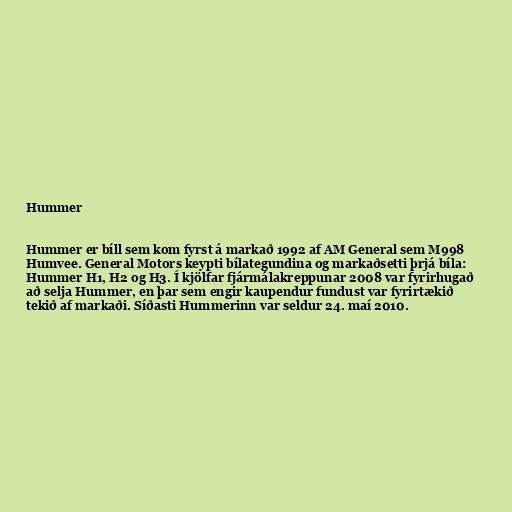
Hummer

Hummer er bíll sem kom fyrst á markað 1992 af AM General sem M998
Humvee. General Motors keypti bílategundina og markaðsetti þrjá bíla:
Hummer H1, H2 og H3. Í kjölfar fjármálakreppunar 2008 var fyrirhugað
að selja Hummer, en þar sem engir kaupendur fundust var fyrirtækið
tekið af markaði. Síðasti Hummerinn var seldur 24. maí 2010.